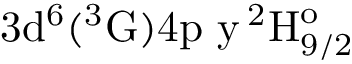
\mathrm { 3 d ^ { 6 } ( ^ { 3 } G ) 4 p \ y \, ^ { 2 } H _ { 9 / 2 } ^ { o } }